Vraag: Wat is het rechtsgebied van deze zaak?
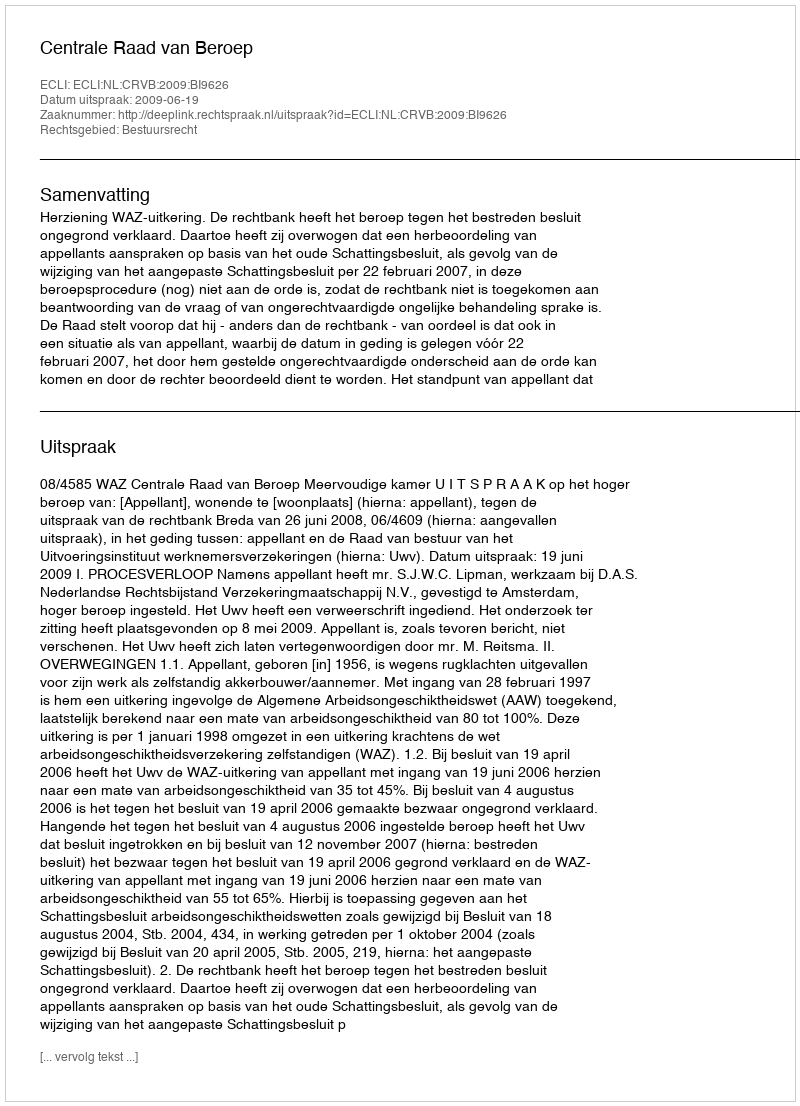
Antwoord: Bestuursrecht